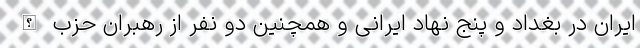
ایران در بغداد و پنج نهاد ایرانی و همچنین دو نفر از رهبران حزب الله